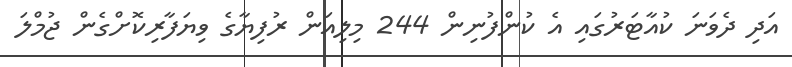
އަދި ދެވަނަ ކުއާޓަރުގައި އެ ކުންފުނިން 244 މިލިއަން ރުފިޔާގެ ވިޔަފާރިކޮށްގެން ޖުމްލަ